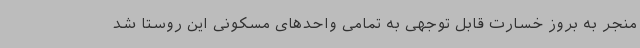
منجر به بروز خسارت قابل توجهی به تمامی واحدهای مسکونی این روستا شد